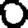
Digit: 0